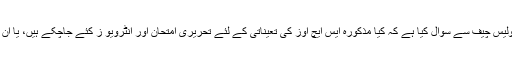
شہریوں نے کراچی پولیس چیف سے سوال کیا ہے کہ کیا مذکورہ ایس ایچ اوز کی تعیناتی کے لئے تحریری امتحان اور انٹرویو ز کئے جاچکے ہیں، یا ان کو استثنی حاصل ہے۔